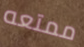
ممتعه